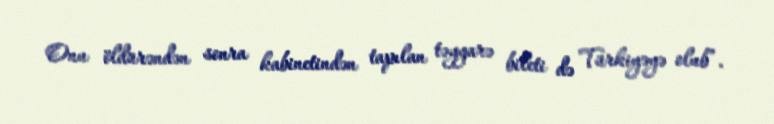
Onu öldürəndən sonra kabinetindən tapılan təyyarə bileti də Türkiyəyə olub”.